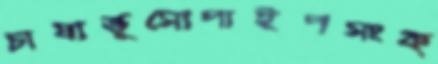
চাষাভুসোপাইপসংক্